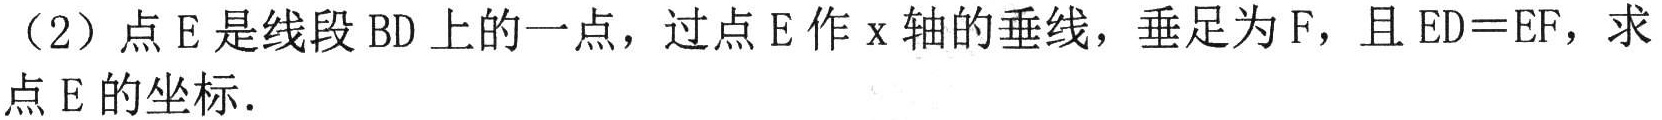
（2）点E是线段BD上的一点，过点E作x轴的垂线，垂足为F，且ED = EF，求点E的坐标．